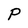
Character: P